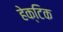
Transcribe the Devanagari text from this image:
हेक्टिक